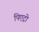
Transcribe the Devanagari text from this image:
पिएट्रो